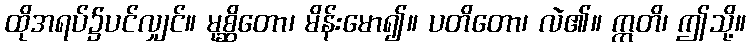
ထိုအရပ်၌ပင်လျှင်။ မုစ္ဆိတော၊ မိန်းမော၍။ ပတိတော၊ လဲ၏။ ဣတိ၊ ဤသို့။